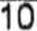
10